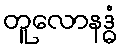
တူလောနဒ္ဓံ